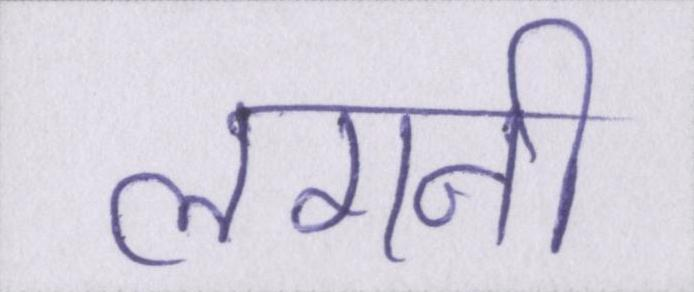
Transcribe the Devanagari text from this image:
लगनी